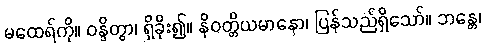
မထေရ်ကို။ ဝန္ဒိတွာ၊ ရှိခိုး၍။ နိဝတ္တိယမာနော၊ ပြန်သည်ရှိသော်။ ဘန္တေ၊